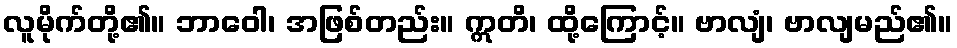
လူမိုက်တို့၏။ ဘာဝေါ၊ အဖြစ်တည်း။ ဣတိ၊ ထို့ကြောင့်။ ဗာလျံ၊ ဗာလျမည်၏။